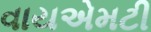
વાયએમટી